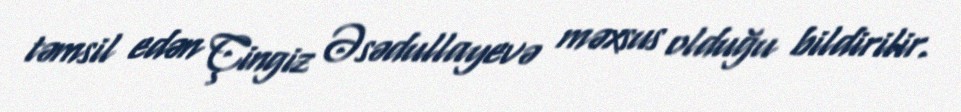
təmsil edən Çingiz Əsədullayevə məxsus olduğu bildirilir.